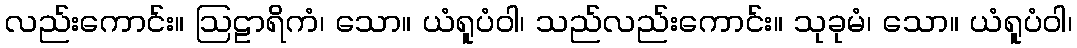
လည်းကောင်း။ ဩဠာရိကံ၊ သော။ ယံရူပံဝါ၊ သည်လည်းကောင်း။ သုခုမံ၊ သော။ ယံရူပံဝါ၊